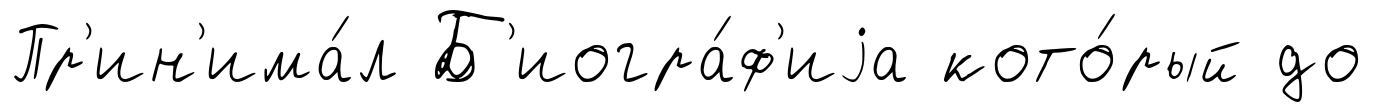
Пр'ин'има́л Б'иогра́ф'иjа кото́рый до